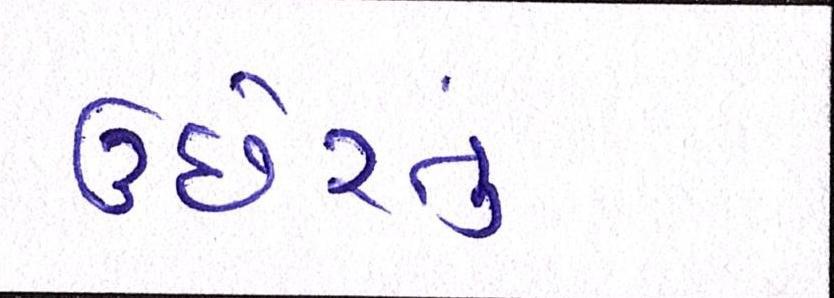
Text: ઉછેરતું